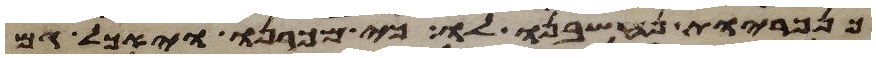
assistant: כנכריות נחשבנו לו כי מכרנו ויאכל גם